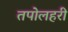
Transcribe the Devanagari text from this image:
तपोलहरी